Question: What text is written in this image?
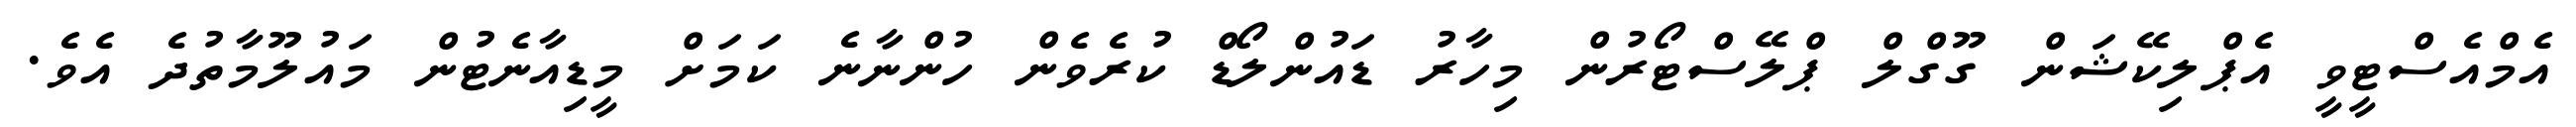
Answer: އެމްއެސްޓީވީ އެޕްލިކޭޝަން ގޫގްލް ޕްލޭސްޓޯރުން މިހާރު ޑައުންލޯޑް ކުރެވެން ހުންނާނެ ކަމަށް މީޑިއާނެޓުން މައުލޫމާތުދެ އެވެ.